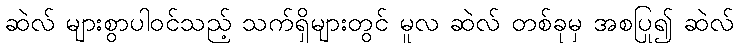
ဆဲလ် များစွာပါဝင်သည့် သက်ရှိများတွင် မူလ ဆဲလ် တစ်ခုမှ အစပြု၍ ဆဲလ်